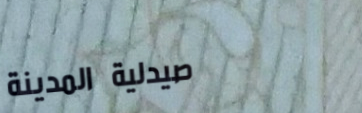
صيدلية المدينة